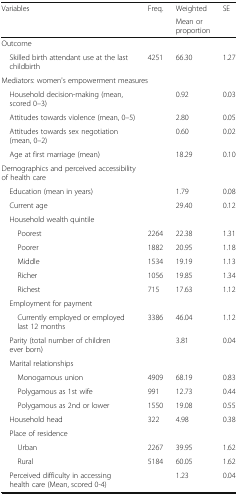
<table><thead><tr><td rowspan="2"><b>Variables</b></td><td rowspan="2"><b>Freq.</b></td><td><b>Weighted</b></td><td rowspan="2"><b>SE</b></td></tr><tr><td><b>Mean or proportion</b></td></tr></thead><tbody><tr><td colspan="4">Outcome</td></tr><tr><td> Skilled birth attendant use at the last childbirth</td><td>4251</td><td>66.30</td><td>1.27</td></tr><tr><td colspan="4">Mediators: women&#x27;s empowerment measures</td></tr><tr><td> Household decision-making (mean, scored 0–3)</td><td></td><td>0.92</td><td>0.03</td></tr><tr><td> Attitudes towards violence (mean, 0–5)</td><td></td><td>2.80</td><td>0.05</td></tr><tr><td> Attitudes towards sex negotiation (mean, 0–2)</td><td></td><td>0.60</td><td>0.02</td></tr><tr><td> Age at first marriage (mean)</td><td></td><td>18.29</td><td>0.10</td></tr><tr><td colspan="4">Demographics and perceived accessibility of health care</td></tr><tr><td> Education (mean in years)</td><td></td><td>1.79</td><td>0.08</td></tr><tr><td> Current age</td><td></td><td>29.40</td><td>0.12</td></tr><tr><td colspan="4"> Household wealth quintile</td></tr><tr><td>Poorest</td><td>2264</td><td>22.38</td><td>1.31</td></tr><tr><td>Poorer</td><td>1882</td><td>20.95</td><td>1.18</td></tr><tr><td>Middle</td><td>1534</td><td>19.19</td><td>1.13</td></tr><tr><td>Richer</td><td>1056</td><td>19.85</td><td>1.34</td></tr><tr><td>Richest</td><td>715</td><td>17.63</td><td>1.12</td></tr><tr><td colspan="4"> Employment for payment</td></tr><tr><td>Currently employed or employed last 12 months</td><td>3386</td><td>46.04</td><td>1.12</td></tr><tr><td> Parity (total number of children ever born)</td><td></td><td>3.81</td><td>0.04</td></tr><tr><td colspan="4"> Marital relationships</td></tr><tr><td>Monogamous union</td><td>4909</td><td>68.19</td><td>0.83</td></tr><tr><td>Polygamous as 1st wife</td><td>991</td><td>12.73</td><td>0.44</td></tr><tr><td>Polygamous as 2nd or lower</td><td>1550</td><td>19.08</td><td>0.55</td></tr><tr><td> Household head</td><td>322</td><td>4.98</td><td>0.38</td></tr><tr><td colspan="4"> Place of residence</td></tr><tr><td>Urban</td><td>2267</td><td>39.95</td><td>1.62</td></tr><tr><td>Rural</td><td>5184</td><td>60.05</td><td>1.62</td></tr><tr><td> Perceived difficulty in accessing health care (Mean, scored 0-4)</td><td></td><td>1.23</td><td>0.04</td></tr></tbody></table>